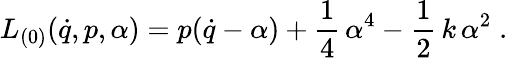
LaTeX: L_{(0)}(\dot{q},p,\alpha)=p(\dot{q}-\alpha)+\frac 14\, \alpha^{4}-\frac 12\, k\, \alpha^{2}\; .